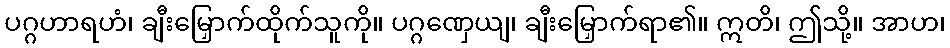
ပဂ္ဂဟာရဟံ၊ ချီးမြှောက်ထိုက်သူကို။ ပဂ္ဂဏှေယျ၊ ချီးမြှောက်ရာ၏။ ဣတိ၊ ဤသို့။ အာဟ၊